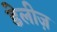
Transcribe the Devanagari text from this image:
डेलीज़